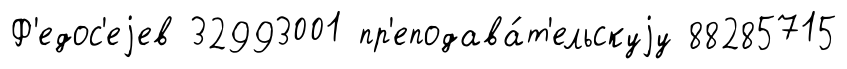
Ф'едос'еjев 32993001 пр'еподава́т'ельскуjу 88285715